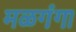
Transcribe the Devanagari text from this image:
मळगंगा